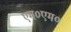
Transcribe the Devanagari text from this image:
एम०एम०